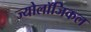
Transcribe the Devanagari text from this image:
ज्योलॉजिकल